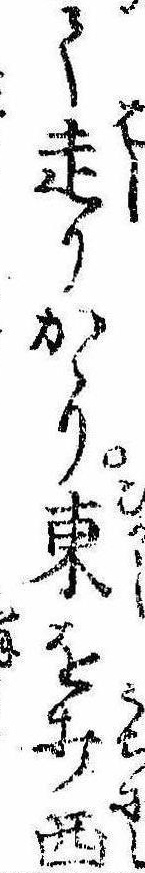
て走りかゝり東を打西